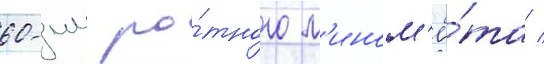
60-мм ро́тного м'ином'ё́та /